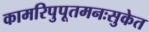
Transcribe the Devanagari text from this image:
कामरिपुपूतमनःसुकेत